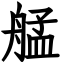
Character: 艋